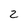
Character: 2